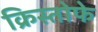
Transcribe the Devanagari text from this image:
क्रिस्तोफे